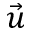
\vec { u }